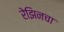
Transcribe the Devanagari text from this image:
रेझिनचा